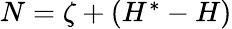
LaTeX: \begin{array}{r}{N=\zeta+(H^{*}-H)}\end{array}